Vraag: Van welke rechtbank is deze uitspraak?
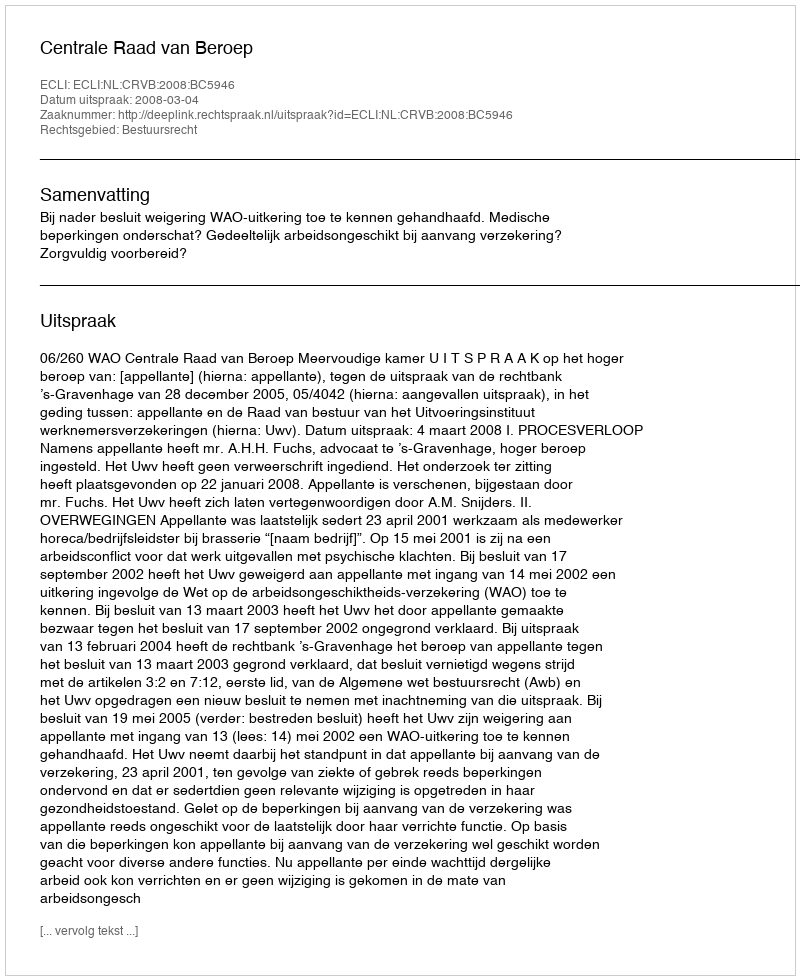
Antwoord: Centrale Raad van Beroep